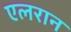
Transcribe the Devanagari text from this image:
एलरान